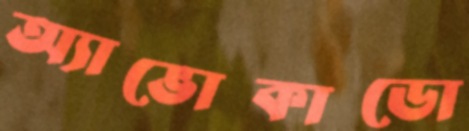
অ্যাভোকাডো